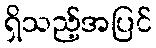
ရှိသည့်အပြင်